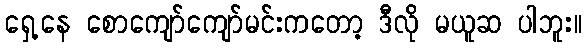
ရှေ့နေ စောကျော်ကျော်မင်းကတော့ ဒီလို မယူဆ ပါဘူး။